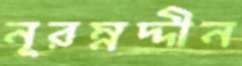
নূরম্নদ্দীন